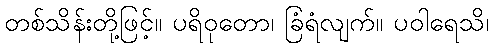
တစ်သိန်းတို့ဖြင့်။ ပရိဝုတော၊ ခြံရံလျက်။ ပဝါရေသိ၊